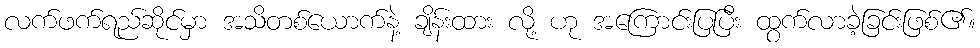
လက်ဖက်ရည်ဆိုင်မှာ အသိတစ်ယောက်နဲ့ ချိန်းထား လို့ ဟု အကြောင်းပြပြီး ထွက်လာခဲ့ခြင်းဖြစ်၏။